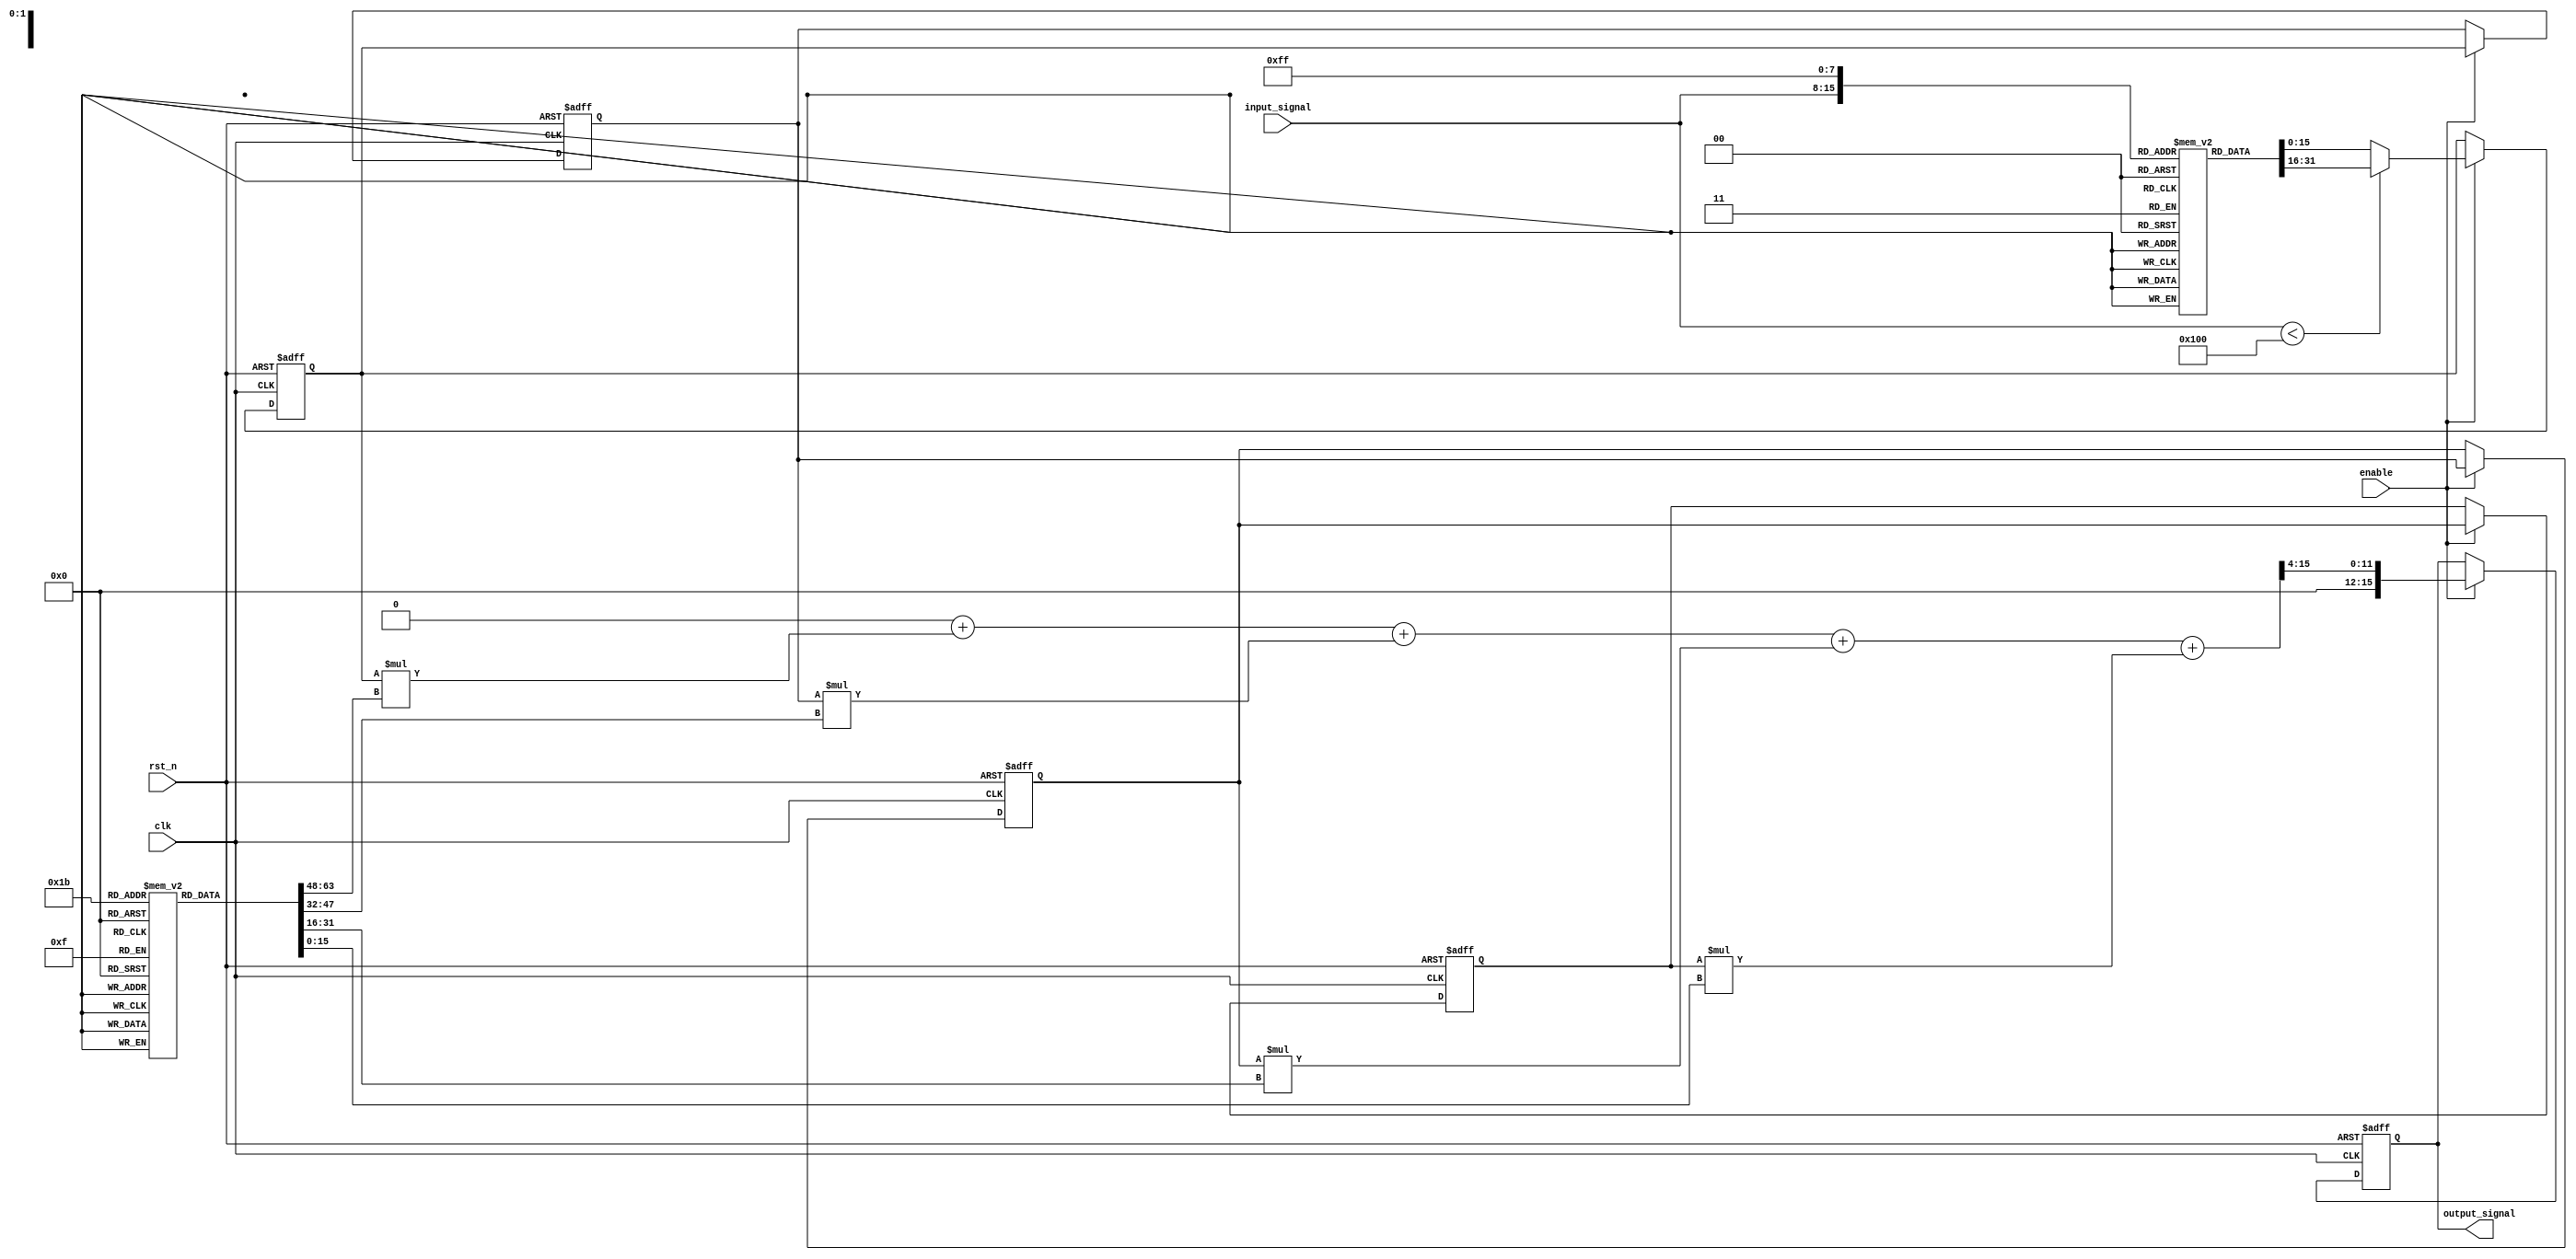
module LogarithmicFilter #(
    parameter N = 8,                // Number of bits for input signal
    parameter M = 4,                // Number of filter taps
    parameter LUT_SIZE = 256,       // Size of the LUT for logarithmic transformation
    parameter OUTPUT_WIDTH = 16     // Width of the output signal
)(
    input wire clk,                 // Clock input
    input wire rst_n,               // Active low reset
    input wire [N-1:0] input_signal,// Input signal
    input wire enable,              // Enable signal for the filter
    output reg [OUTPUT_WIDTH-1:0] output_signal // Filtered output signal
);

    // Logarithmic LUT (for simplicity, using a small LUT)
    reg [OUTPUT_WIDTH-1:0] log_lut [0:LUT_SIZE-1];

    // FIR filter coefficients (example coefficients)
    reg [OUTPUT_WIDTH-1:0] fir_coeffs [0:M-1];
    reg [OUTPUT_WIDTH-1:0] fir_delay_line [0:M-1];
    
    // Internal signals
    reg [OUTPUT_WIDTH-1:0] log_output;
    reg [OUTPUT_WIDTH-1:0] filter_output;
    integer i;

    // Initialize the LUT and FIR coefficients
    initial begin
        // Populate the logarithmic LUT (example values)
        for (i = 0; i < LUT_SIZE; i = i + 1) begin
            log_lut[i] = $rtoi($ln(i+1) * (1 << (OUTPUT_WIDTH - 1)) / $ln(LUT_SIZE)); // Logarithmic transformation
        end

        // Example FIR coefficients (replace with actual design coefficients)
        fir_coeffs[0] = 16'h0001; // Coefficient for tap 0
        fir_coeffs[1] = 16'h0002; // Coefficient for tap 1
        fir_coeffs[2] = 16'h0001; // Coefficient for tap 2
        fir_coeffs[3] = 16'h0000; // Coefficient for tap 3
    end

    // Logarithmic transformation process
    always @(*) begin
        if (input_signal < LUT_SIZE) begin
            log_output = log_lut[input_signal];
        end else begin
            log_output = log_lut[LUT_SIZE-1]; // Handle overflow
        end
    end

    // FIR filter implementation
    always @(posedge clk or negedge rst_n) begin
        if (!rst_n) begin
            // Reset delay line and output
            for (i = 0; i < M; i = i + 1) begin
                fir_delay_line[i] <= 0;
            end
            output_signal <= 0;
        end else if (enable) begin
            // Shift delay line
            fir_delay_line[0] <= log_output;
            for (i = 1; i < M; i = i + 1) begin
                fir_delay_line[i] <= fir_delay_line[i-1];
            end
            
            // Calculate filter output
            filter_output = 0;
            for (i = 0; i < M; i = i + 1) begin
                filter_output = filter_output + (fir_delay_line[i] * fir_coeffs[i]);
            end
            
            // Assign output
            output_signal <= filter_output >>> 4; // Adjust for fixed-point scaling
        end
    end

endmodule